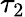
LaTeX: \tau_{2}